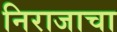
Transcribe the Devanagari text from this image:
निराजाचा